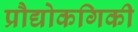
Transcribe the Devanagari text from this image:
प्रौद्योकगिकी